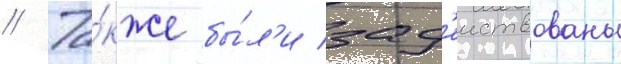
// Та́кже бы́л'и зад'еиствованы